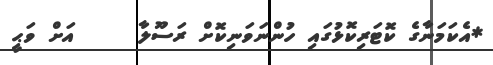
*އެކަމަނާގެ ކޮޓަރިކޮޅުގައި ހުންނަވަނިކޮށް ރަސޫލާ     އަށް ވަޙީ